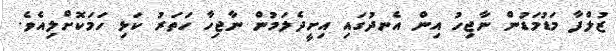
ޒުލްފާ މަޑުމަޑުން ނާޖިހު އިން އެނދުގައި އިށީދެލަމުން ނާޖިހާ ހަތަރު ކަޅި ހަމަކޮށްލިއެވެ.